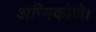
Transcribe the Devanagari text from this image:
अग्निकोणे।